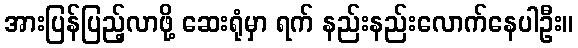
အားပြန်ပြည့်လာဖို့ ဆေးရုံမှာ ရက် နည်းနည်းလောက်နေပါဦး။